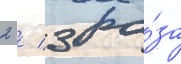
2 / 3 ра́за